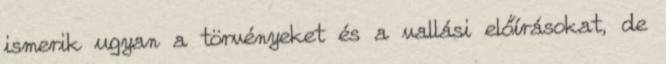
ismerik ugyan a törvényeket és a vallási előírásokat, de